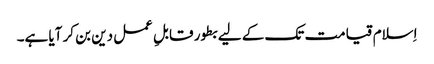
اِسلام قیامت تک کے لیے بطور قابلِ عمل دین بن کر آیا ہے۔